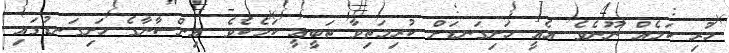
ހުރި ކަމެއް ނޫނެވެ. އެއީ ހަށިގަނޑަށް ކުރިމަތިވާ ތަބީޢީ ކަމެކެވެ. އިންސާނާގެ ހަށިގަނޑުގައި